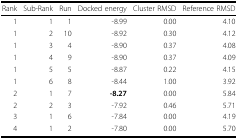
<table><thead><tr><td><b>Rank</b></td><td><b>Sub-Rank</b></td><td><b>Run</b></td><td><b>Docked energy</b></td><td><b>Cluster RMSD</b></td><td><b>Reference RMSD</b></td></tr></thead><tbody><tr><td>1</td><td>1</td><td>1</td><td>-8.99</td><td>0.00</td><td>4.10</td></tr><tr><td>1</td><td>2</td><td>10</td><td>-8.92</td><td>0.30</td><td>4.12</td></tr><tr><td>1</td><td>3</td><td>4</td><td>-8.90</td><td>0.37</td><td>4.08</td></tr><tr><td>1</td><td>4</td><td>9</td><td>-8.90</td><td>0.37</td><td>4.09</td></tr><tr><td>1</td><td>5</td><td>5</td><td>-8.87</td><td>0.22</td><td>4.15</td></tr><tr><td>1</td><td>6</td><td>8</td><td>-8.44</td><td>1.00</td><td>3.92</td></tr><tr><td>2</td><td>1</td><td>7</td><td><b>-8.27</b></td><td>0.00</td><td>5.84</td></tr><tr><td>2</td><td>2</td><td>3</td><td>-7.92</td><td>0.46</td><td>5.71</td></tr><tr><td>3</td><td>1</td><td>6</td><td>-7.84</td><td>0.00</td><td>4.19</td></tr><tr><td>4</td><td>1</td><td>2</td><td>-7.80</td><td>0.00</td><td>5.70</td></tr></tbody></table>